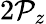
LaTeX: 2\mathcal{P}_{z}